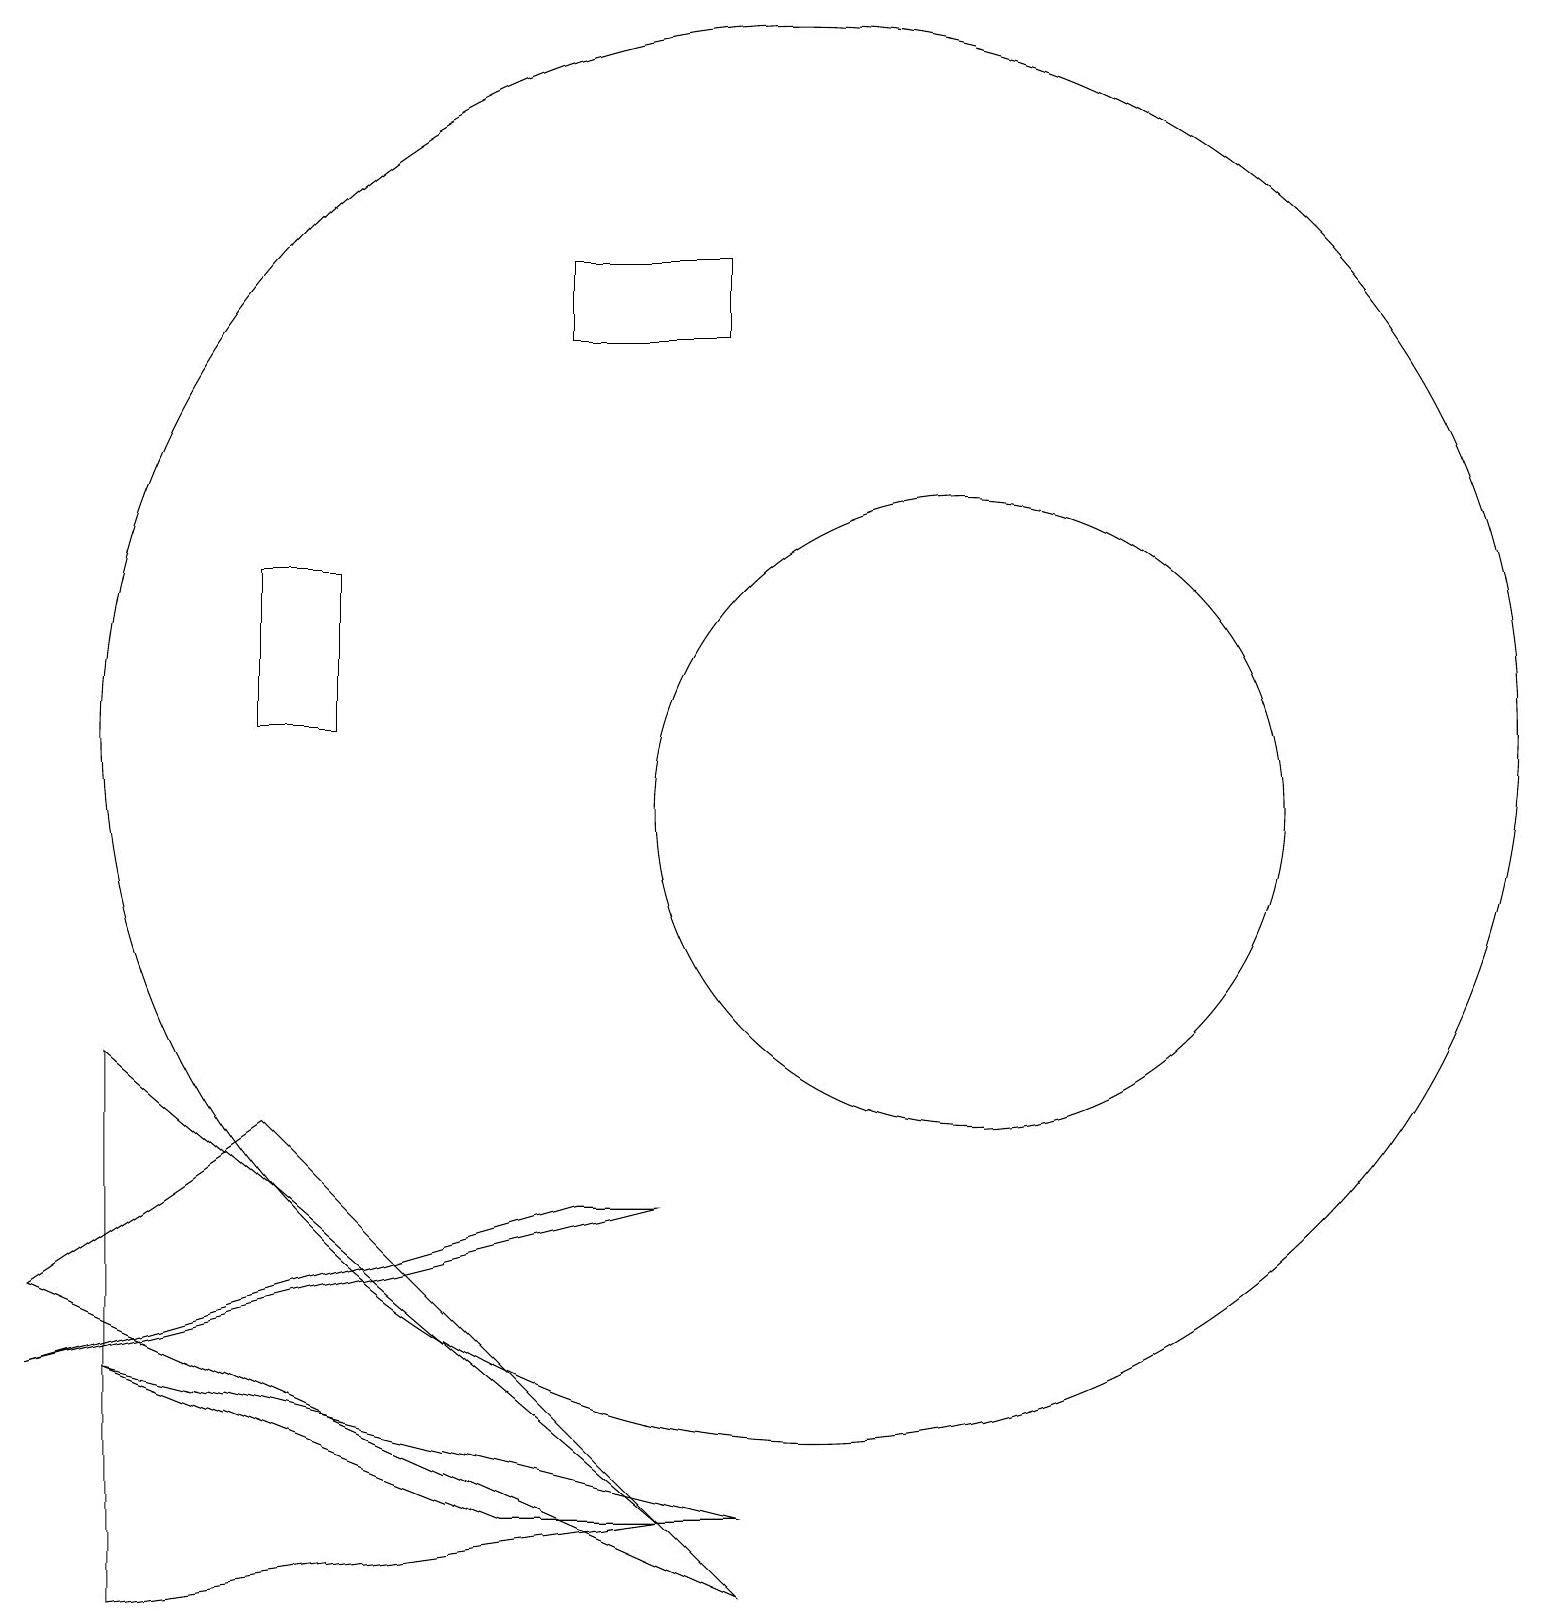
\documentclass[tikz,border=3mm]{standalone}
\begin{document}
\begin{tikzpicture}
\draw (10,11) circle (9);
\draw (12,10) circle (4);
\draw (4,13) rectangle (3,11);
\draw (9,17) rectangle (7,16);
\draw (1,3) -- (6,1) -- (9,1) -- cycle;
\draw (0,3) -- (7,5) -- (8,5) -- cycle;
\draw (1,0) -- (1,7) -- (8,1) -- cycle;
\draw (9,0) -- (0,4) -- (3,6) -- cycle;
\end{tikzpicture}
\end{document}